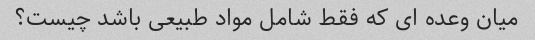
میان وعده ای که فقط شامل مواد طبیعی باشد چیست؟